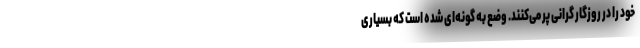
خود را در روزگار گرانی پُر می‌کنند. وضع به گونه‌ای شده است که بسیاری